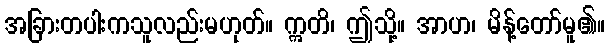
အခြားတပါးကသူလည်းမဟုတ်။ ဣတိ၊ ဤသို့။ အာဟ၊ မိန့်တော်မူ၏။